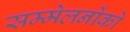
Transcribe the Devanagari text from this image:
सम्मेलनोंको